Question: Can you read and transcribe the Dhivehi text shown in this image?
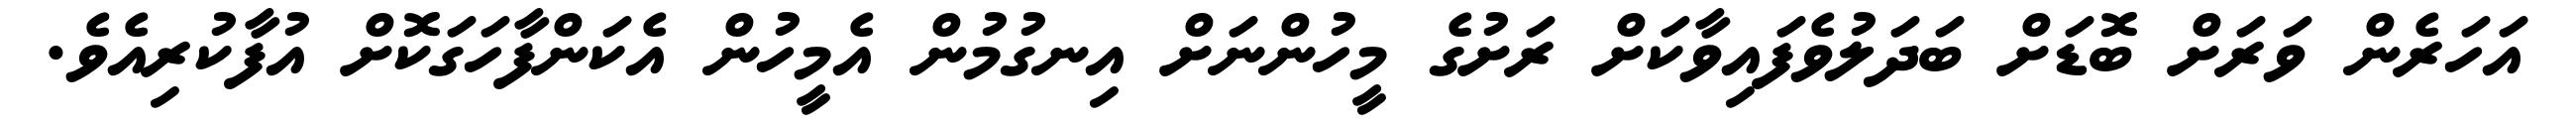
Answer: އަހަރެން ވަރަށް ބޮޑަށް ބަދަލުވެފައިވާކަށް ރަށުގެ މީހުންނަށް އިނގުމުން އެމީހުން އެކަންފާހަގަކޮށް އުފާކުރިއެވެ.